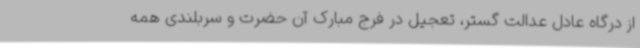
از درگاه عادل عدالت گستر، تعجیل در فرج مبارک آن حضرت و سربلندی همه